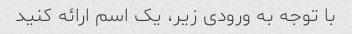
با توجه به ورودی زیر، یک اسم ارائه کنید